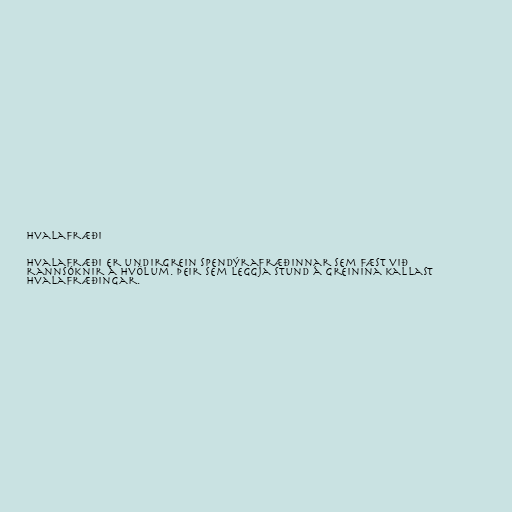
Hvalafræði

Hvalafræði er undirgrein spendýrafræðinnar sem fæst við
rannsóknir á hvölum. Þeir sem leggja stund á greinina kallast
hvalafræðingar.